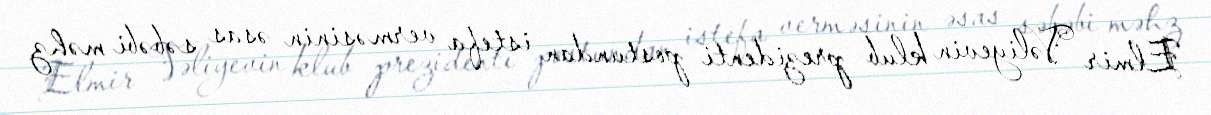
Elmir Vəliyevin klub prezidenti postundan istefa verməsinin əsas səbəbi məhz